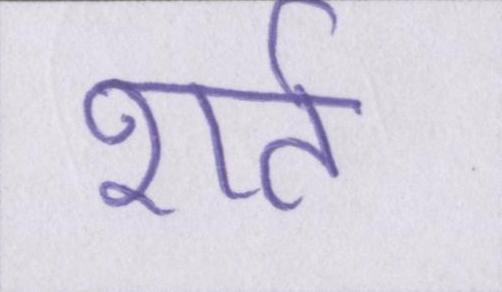
शर्त